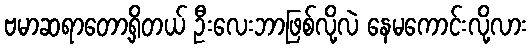
ဗမာဆရာတော့ရှိတယ် ဦးလေးဘာဖြစ်လို့လဲ နေမကောင်းလို့လား